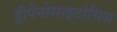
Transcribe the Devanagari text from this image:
ड्रीपेनोसाइटोसिस